Leprosy in India: report of the Leprosy Commission in India, 1890-91
Year: 1890
Disease focus: Leprosy
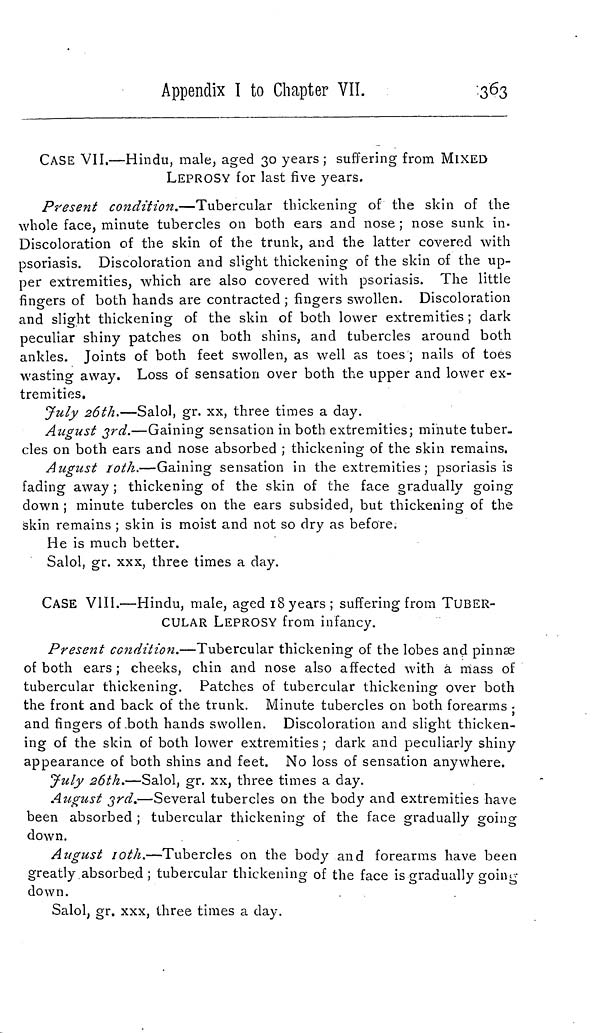
Appendix I to Chapter VII.
363
CASE VII.—Hindu, male, aged 30 years; suffering from MIXED
LEPROSY for last five years.
Present condition.—Tubercular thickening of the skin of the
whole face, minute tubercles on both ears and nose ; nose sunk in-
Discoloration of the skin of the trunk, and the latter covered with
psoriasis. Discoloration and slight thickening of the skin of the up-
per extremities, which are also covered with psoriasis. The little
fingers of both hands are contracted ; fingers swollen. Discoloration
and slight thickening of the skin of both lower extremities ; dark
peculiar shiny patches on both shins, and tubercles around both
ankles. Joints of both feet swollen, as well as toes ; nails of toes
wasting away. Loss of sensation over both the upper and lower ex-
tremities.
July 26th.—Salol, gr. xx, three times a day.
August 3rd.—Gaining sensation in both extremities; minute tuber-
cles on both ears and nose absorbed ; thickening of the skin remains.
August 10th.—Gaining sensation in the extremities ; psoriasis is
fading away ; thickening of the skin of the face gradually going
down ; minute tubercles on the ears subsided, but thickening of the
skin remains ; skin is moist and not so dry as before.
He is much better.
Salol, gr. xxx, three times a day.
CASE VIII.—Hindu, male, aged 18 years; suffering from TUBER-
CULAR LEPROSY from infancy.
Present condition.—Tubercular thickening of the lobes and pinnae
of both ears ; cheeks, chin and nose also affected with a mass of
tubercular thickening. Patches of tubercular thickening over both
the front and back of the trunk. Minute tubercles on both forearms ;
>
and fingers of both hands swollen. Discoloration and slight thicken-
ing of the skin of both lower extremities; dark and peculiarly shiny
appearance of both shins and feet. No loss of sensation anywhere.
July 26th.—Salol, gr. xx, three times a day.
August 3rd.—Several tubercles on the body and extremities have
been absorbed ; tubercular thickening of the face gradually going
down.
August 10th.—Tubercles on the body and forearms have been
greatly absorbed ; tubercular thickening of the face is gradually going
down.
Salol, gr. xxx, three times a day.